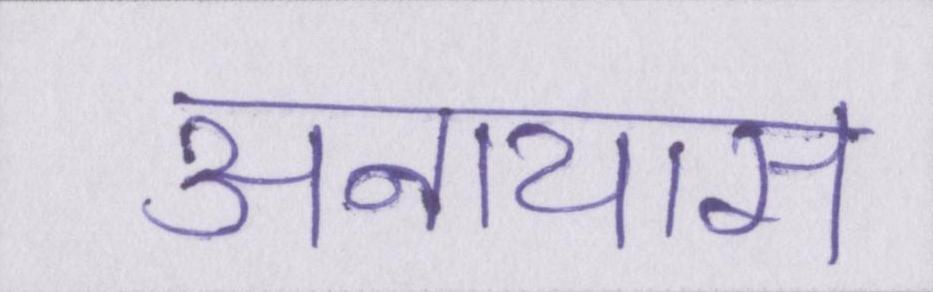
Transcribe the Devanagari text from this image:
अनायास